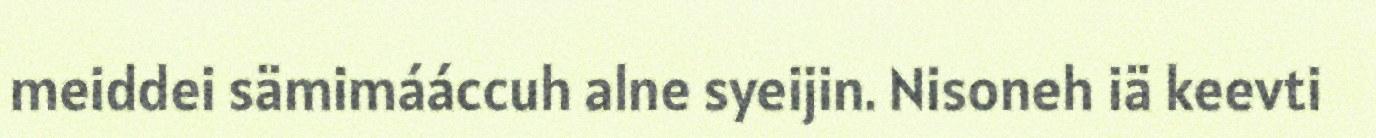
meiddei sämimááccuh alne syeijin. Nisoneh iä keevti